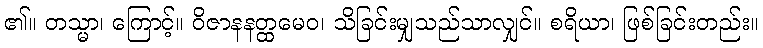
၏။ တသ္မာ၊ ကြောင့်။ ဝိဇာနနတ္ထမေဝ၊ သိခြင်းမျှသည်သာလျှင်။ စရိယာ၊ ဖြစ်ခြင်းတည်း။